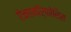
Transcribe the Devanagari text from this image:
ऐनामॉर्फोसिस